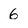
Character: 6